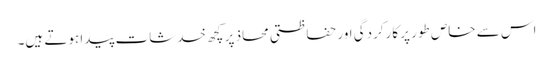
اس سے خاص طور پر کارکردگی اور حفاظتی محاذ پر کچھ خدشات پیدا ہوتے ہیں۔